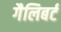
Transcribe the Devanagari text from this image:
गैलिबर्ट